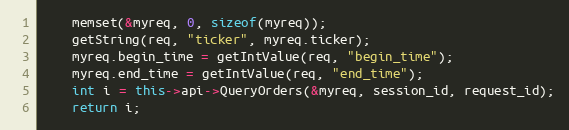
Language: C++
	memset(&myreq, 0, sizeof(myreq));
	getString(req, "ticker", myreq.ticker);
	myreq.begin_time = getIntValue(req, "begin_time");
	myreq.end_time = getIntValue(req, "end_time");
	int i = this->api->QueryOrders(&myreq, session_id, request_id);
	return i;